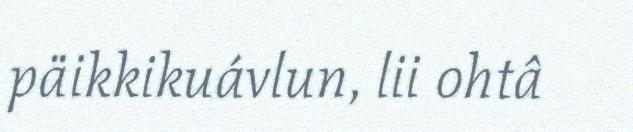
päikkikuávlun, lii ohtâ